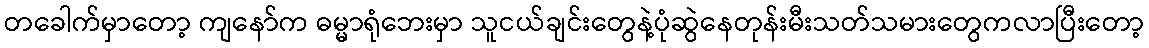
တခေါက်မှာတော့ ကျနော်က ဓမ္မာရုံဘေးမှာ သူငယ်ချင်းတွေနဲ့ပုံဆွဲနေတုန်းမီးသတ်သမားတွေကလာပြီးတော့